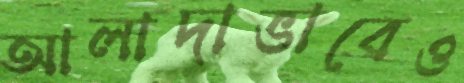
আলাদাভাবেও